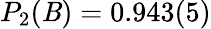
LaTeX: P_{2}(\mathit{B})=0.943(5)